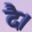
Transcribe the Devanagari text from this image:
दै।